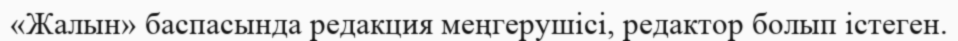
«Жалын» баспасында редакция меңгерушісі, редактор болып істеген.